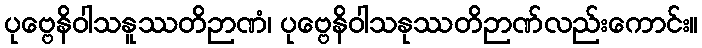
ပုဗ္ဗေနိဝါသနူဿတိဉာဏံ၊ ပုဗ္ဗေနိဝါသနုဿတိဉာဏ်လည်းကောင်း။